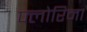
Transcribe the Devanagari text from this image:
फ्लोरिना